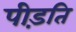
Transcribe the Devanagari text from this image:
पीड़ति